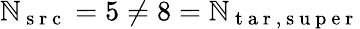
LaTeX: \mathbb{N}_{\mathrm{{~s~r~c~}}}=5\neq8=\mathbb{N}_{\mathrm{{~t~a~r~,~s~u~p~e~r~}}}